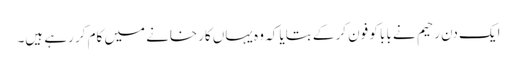
ایک دن رحیم نے بابا کو فون کر کے بتایا کہ وہ یہاں کارخانے میں کام کر رہے ہیں۔